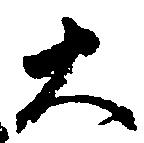
大